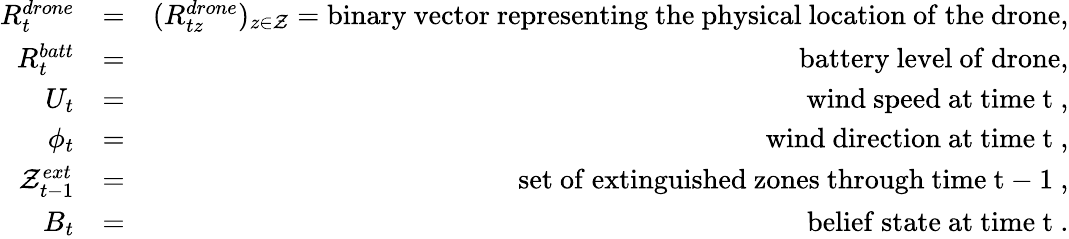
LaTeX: \begin{array}{rlr}{R_{t}^{drone}}&{=}&{(R_{tz}^{drone})_{z\in{\cal Z}}=\mathrm{binary~vector~representing~the~physical~location~of~the~drone},}\\ {R_{t}^{batt}}&{=}&{\mathrm{battery~level~of~drone},}\\ {U_{t}}&{=}&{\mathrm{wind~speed~at~time~t~},}\\ {\phi_{t}}&{=}&{\mathrm{wind~direction~at~time~t~},}\\ {{\cal Z}_{t-1}^{ext}}&{=}&{\mathrm{set~of~extinguished~zones~through~time~t-1~},}\\ {B_{t}}&{=}&{\mathrm{belief~state~at~time~t~}.}\end{array}